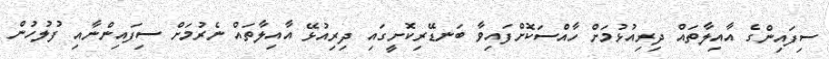
ސިފައިންގެ އާއިލާތައް ދިރިއުޅުމަށް ހާއްސަކޮށްފައިވާ ބަނޑޭރިކޮށީގައި ދިރިއުޅޭ އާއިލާތައް ނެރުމަށް ސިފައިންނާއި ފުލުހުން